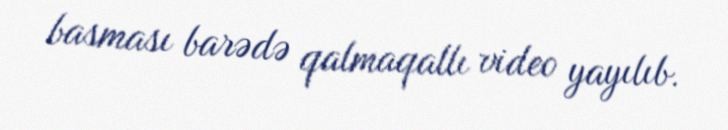
basması barədə qalmaqallı video yayılıb.